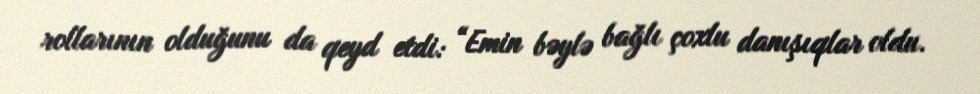
rollarının olduğunu da qeyd etdi: “Emin bəylə bağlı çoxlu danışıqlar oldu.